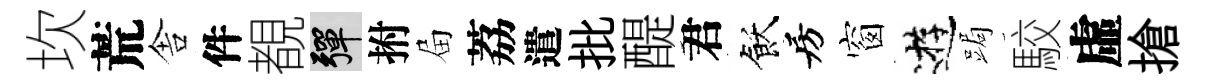
坎荒舎件覩彈拊屇荔遣批醍君飫房窗逰跼駮虛搶